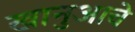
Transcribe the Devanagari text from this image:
खानुआचे